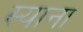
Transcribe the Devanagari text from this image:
स्याना